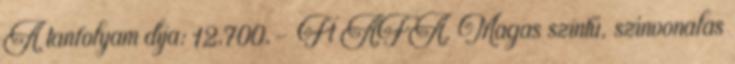
A tanfolyam díja: 12.700,- Ft ÁFA. Magas szintű, színvonalas